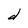
Character: d